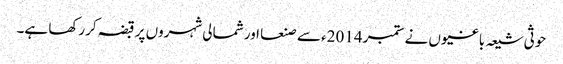
حوثی شیعہ باغیوں نے ستمبر 2014ء سے صنعا اور شمالی شہروں پر قبضہ کررکھا ہے۔